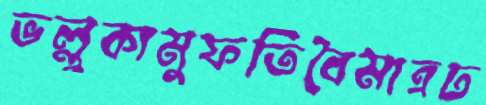
ভল্লুকামুফতিবৈমাত্রঢ